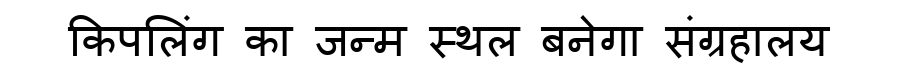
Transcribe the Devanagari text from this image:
किपलिंग का जन्म स्थल बनेगा संग्रहालय